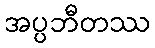
အပ္ပဘီတဿ